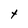
Character: t